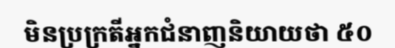
មិនប្រក្រតីអ្នកជំនាញនិយាយថា ៥០